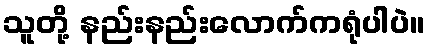
သူတို့ နည်းနည်းလောက်ကရုံပါပဲ။